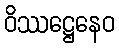
ဝိဿဋ္ဌေနေဝ